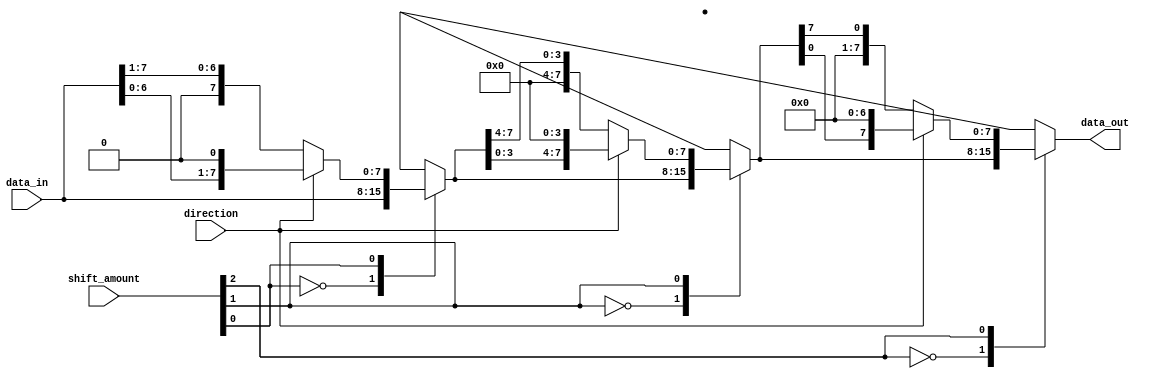
module barrel_shifter(
    input [7:0] data_in,
    input [2:0] shift_amount,
    input direction,
    output reg [7:0] data_out
);

reg [7:0] stage1_out, stage2_out, stage3_out;

// Stage 1
always @(*)
begin
    case(shift_amount[0])
        3'd0: stage1_out = data_in;
        3'd1: stage1_out = (direction) ? (data_in << 1) : (data_in >> 1);
        3'd2: stage1_out = (direction) ? (data_in << 2) : (data_in >> 2);
        3'd3: stage1_out = (direction) ? (data_in << 3) : (data_in >> 3);
    endcase
end

// Stage 2
always @(*)
begin
    case(shift_amount[1])
        3'd0: stage2_out = stage1_out;
        3'd1: stage2_out = (direction) ? (stage1_out << 4) : (stage1_out >> 4);
        3'd2: stage2_out = (direction) ? (stage1_out << 5) : (stage1_out >> 5);
        3'd3: stage2_out = (direction) ? (stage1_out << 6) : (stage1_out >> 6);
    endcase
end

// Stage 3
always @(*)
begin
    case(shift_amount[2])
        3'd0: data_out = stage2_out;
        3'd1: data_out = (direction) ? (stage2_out << 7) : (stage2_out >> 7);
        3'd2: data_out = (direction) ? (stage2_out << 8) : (stage2_out >> 8);
        3'd3: data_out = (direction) ? (stage2_out << 9) : (stage2_out >> 9);
    endcase
end

endmodule